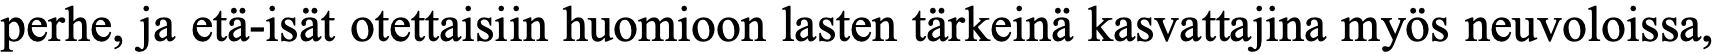
perhe, ja etä-isät otettaisiin huomioon lasten tärkeinä kasvattajina myös neuvoloissa,